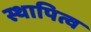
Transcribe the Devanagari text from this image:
स्थापित्व